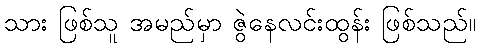
သား ဖြစ်သူ အမည်မှာ ဇွဲနေလင်းထွန်း ဖြစ်သည်။